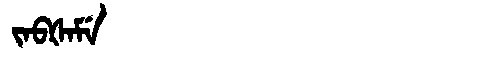
Manchu: ᠵᠠᠪᡧᠠᠮᡝ
Romanization: JABŠAME